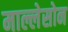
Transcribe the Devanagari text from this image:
माल्लेसोन